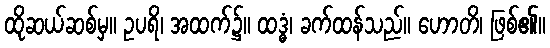
ထိုဆယ်ဆစ်မှ။ ဥပရိ၊ အထက်၌။ ထဒ္ဓံ၊ ခက်ထန်သည်။ ဟောတိ၊ ဖြစ်၏။